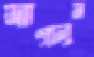
দাগলুম